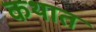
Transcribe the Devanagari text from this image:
कथात